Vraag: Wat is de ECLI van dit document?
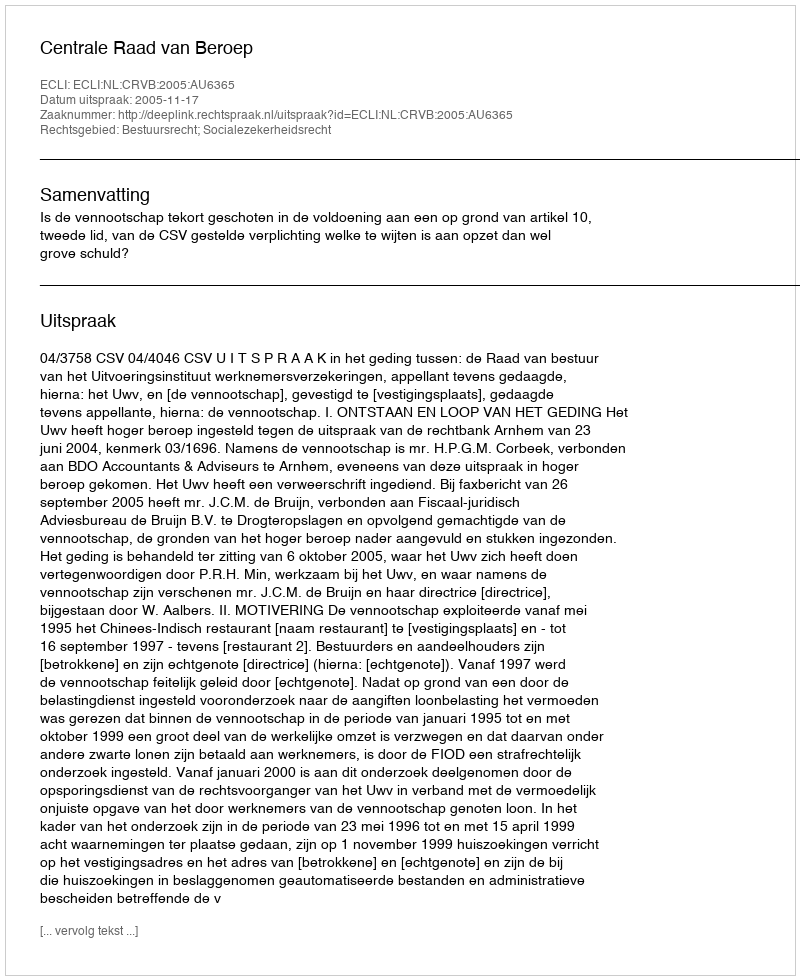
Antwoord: ECLI:NL:CRVB:2005:AU6365